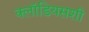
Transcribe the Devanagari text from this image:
क्लॉडियसशी